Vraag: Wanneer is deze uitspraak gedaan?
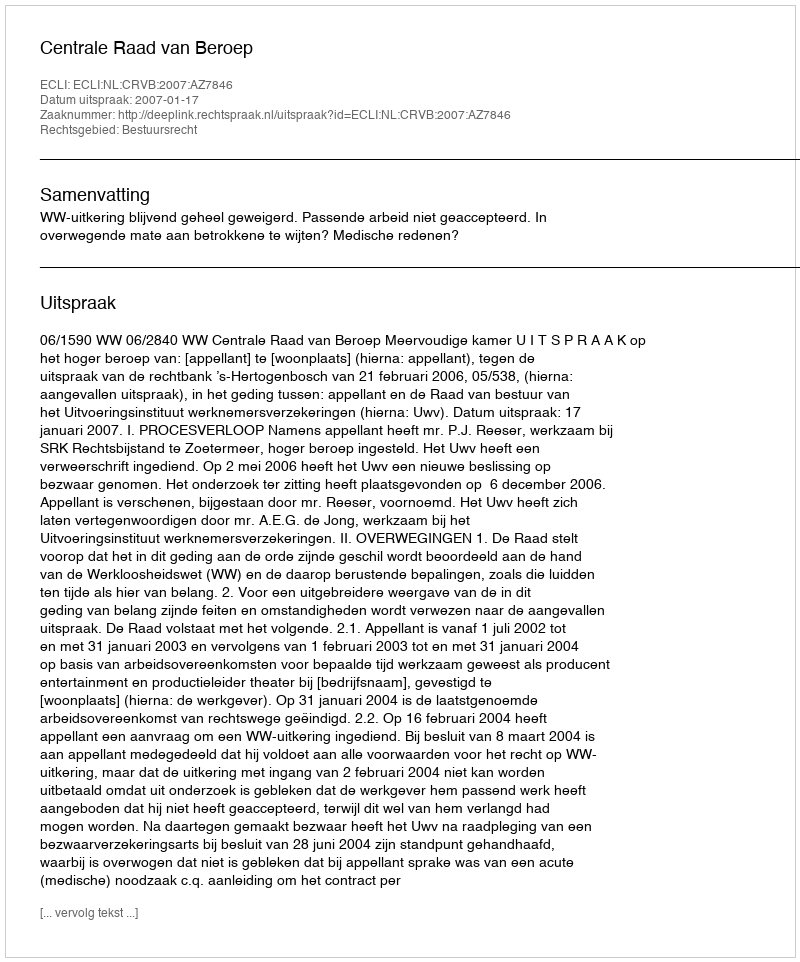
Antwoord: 2007-01-17